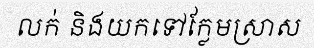
លក់ និងយកទៅក្លែមស្រាស